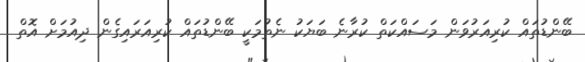
ބޭންޑުތައް ކުރިއަރުވަން މަސައްކަތް ކުރާނެ ބަޔަކު ނެތުމަކީ ބޭންޑުތައް ކުރިއަރައިގެން ދިއުމަށް އޮތް